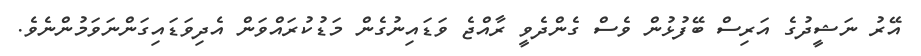
އޭރު ނަޝީދުގެ އަރިސް ބޭފުޅުން ވެސް ގެންދެވީ ރާއްޖެ ވަޑައިނުގެން މަޑުކުރައްވަން އެދިވަޑައިގަންނަވަމުންނެވެ.